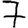
Digit: 7